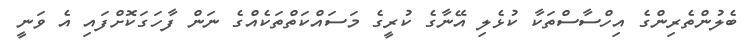
ބެލުންތެރިންގެ އިހްސާސްތަކާ ކުޅެލި އޭނާގެ ކުރީގެ މަސައްކަތްތަކެއްގެ ނަން ފާހަގަކޮށްފައި އެ ވަނީ